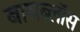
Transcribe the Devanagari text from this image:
बायब्लॉस